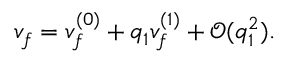
v _ { f } = v _ { f } ^ { ( 0 ) } + q _ { 1 } v _ { f } ^ { ( 1 ) } + \mathcal { O } ( q _ { 1 } ^ { 2 } ) . ~ ~ ~ ~ ~ ~ ~ ~ ~ ~ ~ ~ ~